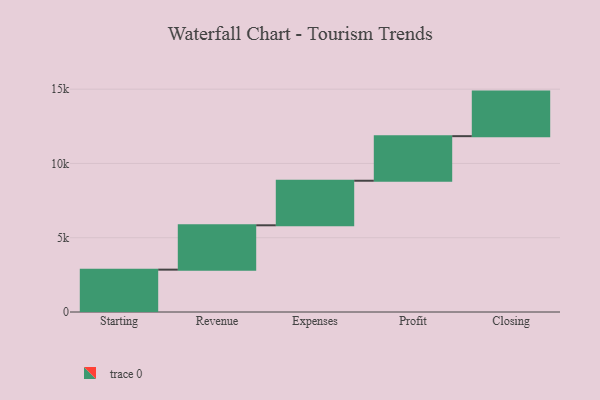
{"axis": {"x": "Step", "y": "Value"}, "legend": [""], "data": [{"x": "Starting", "y": 2851.0, "type": ""}, {"x": "Revenue", "y": 2986.0, "type": ""}, {"x": "Expenses", "y": 3000, "type": ""}, {"x": "Profit", "y": 3000, "type": ""}, {"x": "Closing", "y": 3000, "type": ""}]}